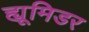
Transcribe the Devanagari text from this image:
ह्यूमिडर